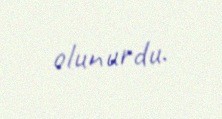
olunurdu.